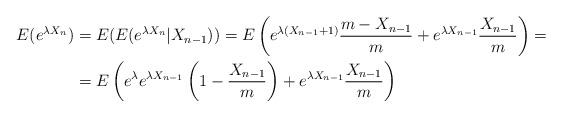
LaTeX: \begin{align*}E(e^{\lambda X_n})&=E(E(e^{\lambda X_n}|X_{n-1}))=E\left(e^{\lambda (X_{n-1}+1)}\frac{m-X_{n-1}}{m}+e^{\lambda X_{n-1}}\frac{X_{n-1}}{m}\right)=\\&=E\left(e^{\lambda} e^{\lambda X_{n-1}}\left(1-\frac{X_{n-1}}{m}\right)+e^{\lambda X_{n-1}}\frac{X_{n-1}}{m}\right)\end{align*}